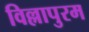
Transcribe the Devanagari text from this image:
विल्लापुरम